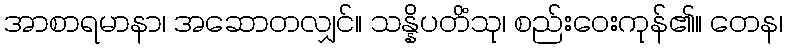
အာစာရမာနာ၊ အဆောတလျှင်။ သန္နိပတိံသု၊ စည်းဝေးကုန်၏။ တေန၊